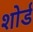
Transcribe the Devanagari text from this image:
शोर्ड